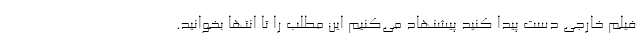
فیلم خارجی دست پیدا کنید پیشنهاد می‌کنیم این مطلب را تا انتها بخوانید.